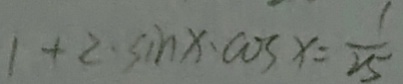
1 + 2 \cdot \sin x \cdot \cos x = \frac { 1 } { 2 5 }